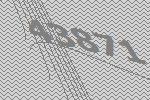
43871